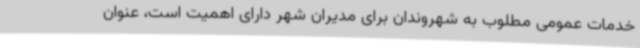
خدمات عمومی مطلوب به شهروندان برای مدیران شهر دارای اهمیت است، عنوان